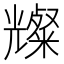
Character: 𪞆